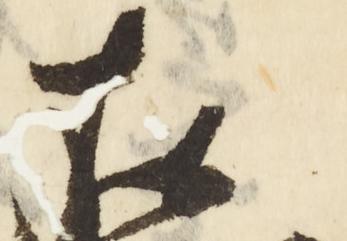
在